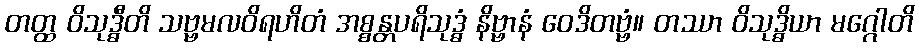
တတ္ထ ဝိသုဒ္ဓီတိ သဗ္ဗမလဝိရဟိတံ အစ္စန္တပရိသုဒ္ဓံ နိဗ္ဗာနံ ဝေဒိတဗ္ဗံ။ တဿာ ဝိသုဒ္ဓိယာ မဂ္ဂေါတိ